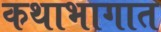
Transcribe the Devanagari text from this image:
कथाभागात